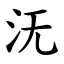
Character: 𣲘